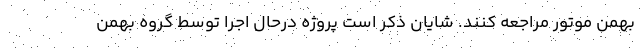
بهمن موتور مراجعه کنند. شایان ذکر است پروژه درحال اجرا توسط گروه بهمن